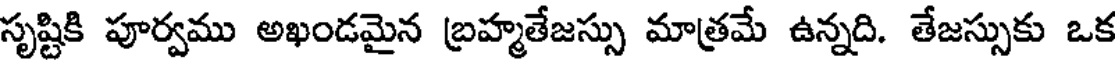
సృష్టికి పూర్వము అఖండమైన బ్రహ్మతేజస్సు మాత్రమే ఉన్నది. తేజస్సుకు ఒక